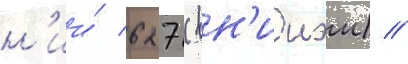
н'ии́ 627 (вн'ииэм) //